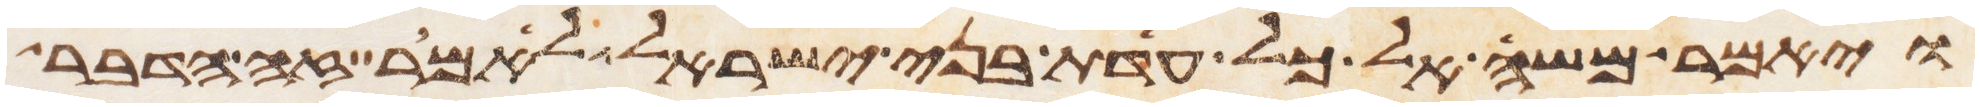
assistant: ויאמר משה אל כל עדת בני ישראל לאמר זה הדבר